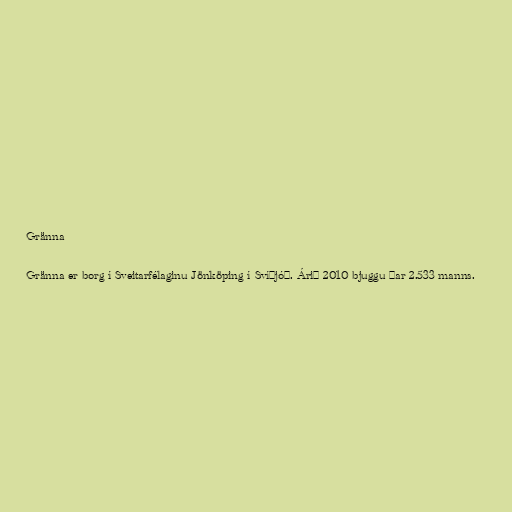
Gränna

Gränna er borg í Sveitarfélaginu Jönköping í Svíþjóð. Árið 2010 bjuggu þar 2.533 manns.